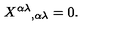
{ X ^ { \alpha \lambda } { } _ { , \alpha \lambda } = 0 } .